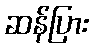
ဆန်ပြား